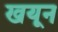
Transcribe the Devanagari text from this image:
खयून